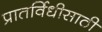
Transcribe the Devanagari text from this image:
प्रातर्विधीसाठी